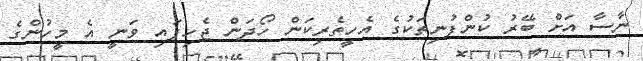
ނާސާ އަށް ބޭރު ކުންފުނިތަކުގެ އެހީތެރިކަން ހޯދަން ޖެހިފައި ވަނީ އެ މީހުންގެ